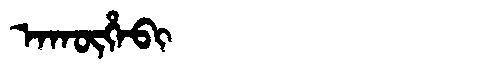
Manchu: ᠠᡴᡡᡥᠠᠪᡳ
Romanization: AKŪHABI